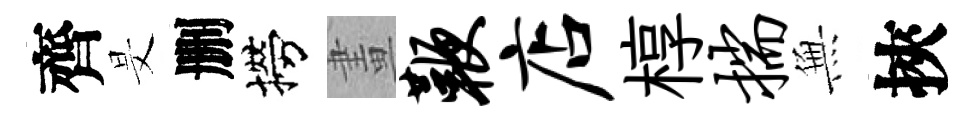
齊旻删撈畫鞭店椁揣𭴾挾